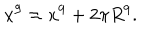
LaTeX: x ^ { 9 } \approx x ^ { 9 } + 2 \pi R ^ { 9 } .